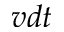
v d t